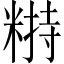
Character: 𥻣